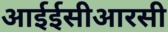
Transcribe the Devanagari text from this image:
आईईसीआरसी